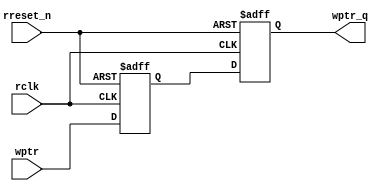
module read_domain_synchronizer #(parameter ADDRESS_SIZE=4) (
  input [ADDRESS_SIZE:0] wptr,
  output  reg [ADDRESS_SIZE:0] wptr_q,
  input rclk,
  input rreset_n);
  
  reg [ADDRESS_SIZE:0] wptr_q1;
  
  always @(posedge rclk or negedge rreset_n) begin
    if(!rreset_n) begin
      wptr_q1 <= 0;
      wptr_q <= 0;
    end
    else begin
      wptr_q1<=wptr;
      wptr_q<=wptr_q1;
    end
  end
endmodule